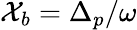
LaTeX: \mathcal{X}_{b}=\Delta_{p}/\omega